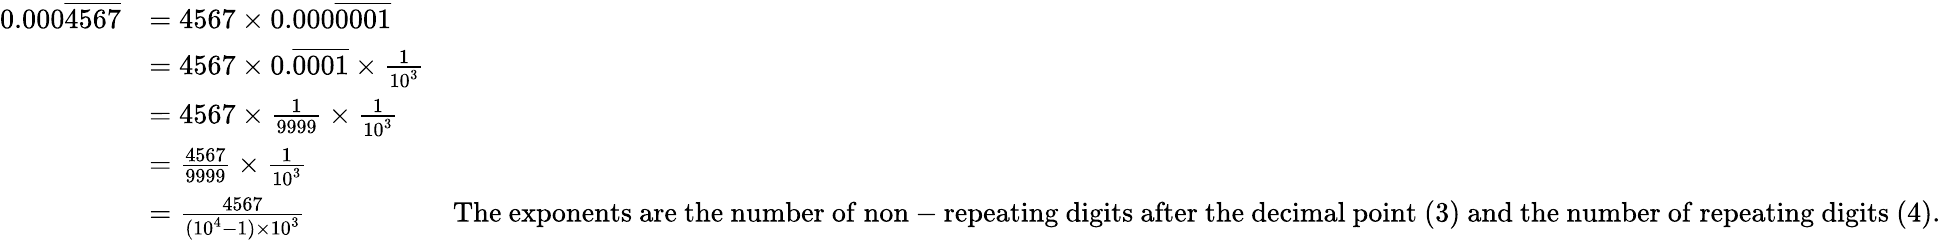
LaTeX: {\begin{array}{rlr}{0.000{\overline{{4567}}}}&{=4567\times 0.000{\overline{{0001}}}}\\ &{=4567\times 0.{\overline{{0001}}}\times{\frac{1}{10^{3}}}}\\ &{=4567\times{\frac{1}{9999}}\times{\frac{1}{10^{3}}}}\\ &{={\frac{4567}{9999}}\times{\frac{1}{10^{3}}}}\\ &{={\frac{4567}{(10^{4}-1)\times 10^{3}}}}&{{\mathrm{The~exponents~are~the~number~of~non-repeating~digits~after~the~decimal~point~(3)~and~the~number~of~repeating~digits~(4).}}}\end{array}}